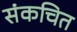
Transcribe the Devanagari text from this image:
संकचित